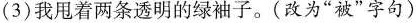
(3) 我甩着两条透明的绿袖子。(改为“被”字句)